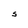
Character: S